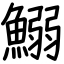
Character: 鰯